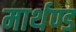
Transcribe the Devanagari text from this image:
मार्थण्ड